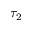
\tau _ { 2 }